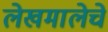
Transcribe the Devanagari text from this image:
लेखमालेचे